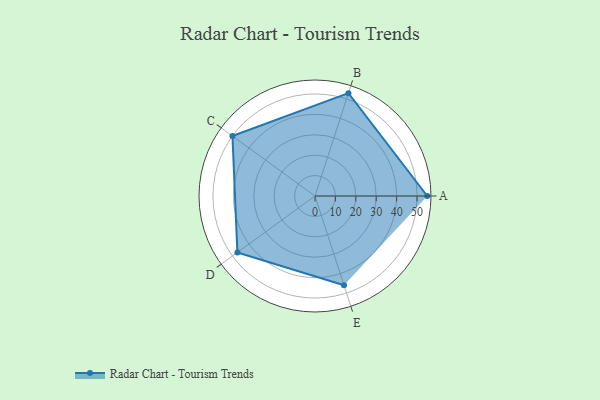
{"axis": {"x": "Skill", "y": "Score"}, "legend": ["Profile"], "data": [{"x": "A", "y": 55.0, "type": "Profile"}, {"x": "B", "y": 53.0, "type": "Profile"}, {"x": "C", "y": 50.0, "type": "Profile"}, {"x": "D", "y": 47.0, "type": "Profile"}, {"x": "E", "y": 46.0, "type": "Profile"}]}